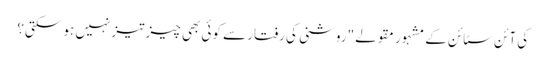
کی آئن سٹائن کے مشہور مقولے "روشنی کی رفتار سے کوئی بھی چیز تیز نہیں ہو سکتی؟